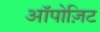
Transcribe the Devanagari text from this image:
ऑपोज़िट